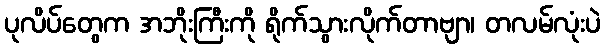
ပုလိပ်တွေက အဘိုးကြီးကို ရိုက်သွားလိုက်တာဗျာ၊ တလမ်လုံးပဲ